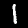
Label: 1